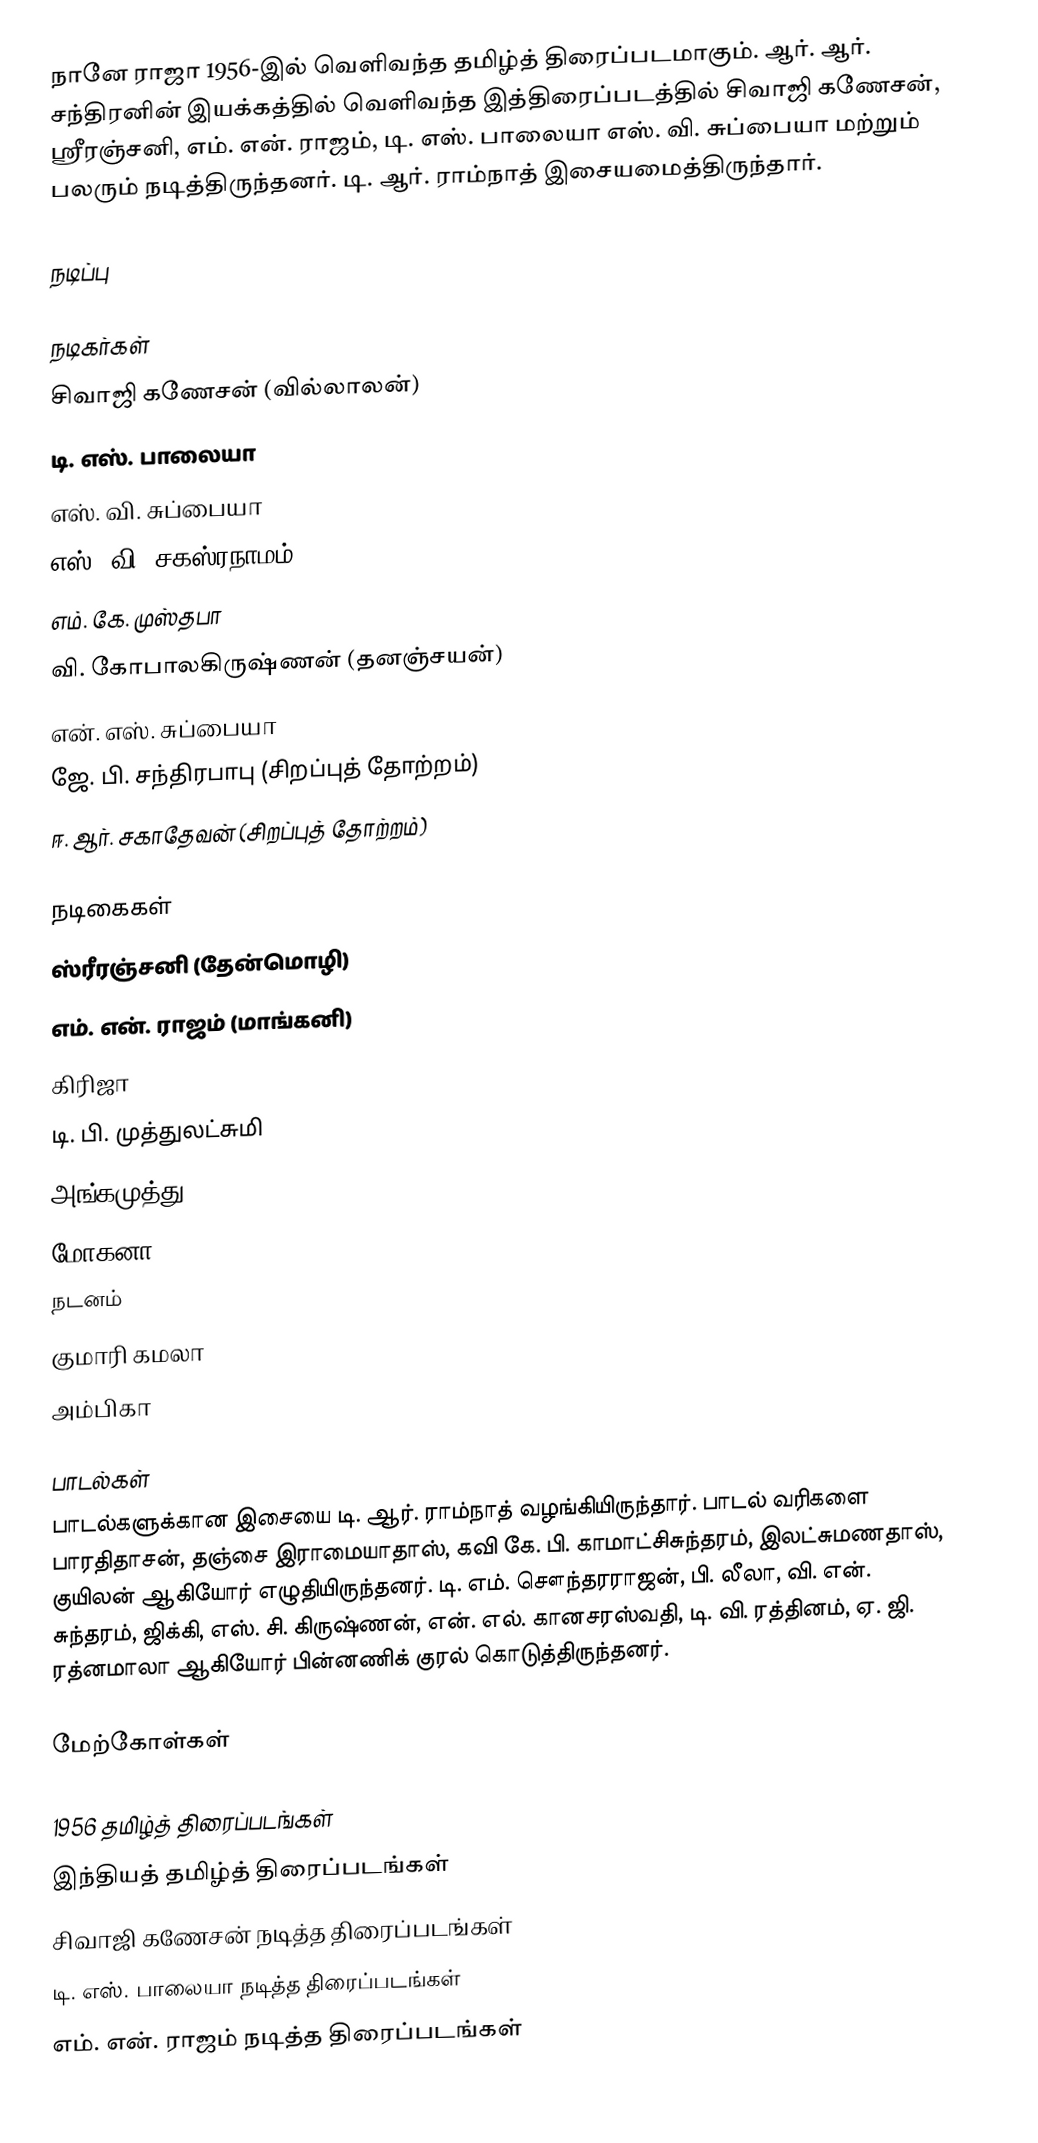
நானே ராஜா 1956-இல் வெளிவந்த தமிழ்த் திரைப்படமாகும். ஆர். ஆர். சந்திரனின் இயக்கத்தில் வெளிவந்த இத்திரைப்படத்தில் சிவாஜி கணேசன், ஸ்ரீரஞ்சனி, எம். என். ராஜம், டி. எஸ். பாலையா எஸ். வி. சுப்பையா மற்றும் பலரும் நடித்திருந்தனர். டி. ஆர். ராம்நாத் இசையமைத்திருந்தார்.

நடிப்பு

நடிகர்கள்
 சிவாஜி கணேசன் (வில்லாலன்)
 டி. எஸ். பாலையா
 எஸ். வி. சுப்பையா
 எஸ். வி. சகஸ்ரநாமம்
 எம். கே. முஸ்தபா
 வி. கோபாலகிருஷ்ணன் (தனஞ்சயன்)
 என். எஸ். சுப்பையா
 ஜே. பி. சந்திரபாபு (சிறப்புத் தோற்றம்)
 ஈ. ஆர். சகாதேவன் (சிறப்புத் தோற்றம்)

நடிகைகள்
 ஸ்ரீரஞ்சனி (தேன்மொழி)
 எம். என். ராஜம் (மாங்கனி)
 கிரிஜா
 டி. பி. முத்துலட்சுமி
 அங்கமுத்து
 மோகனா
நடனம்
 குமாரி கமலா
 அம்பிகா

பாடல்கள்
பாடல்களுக்கான இசையை டி. ஆர். ராம்நாத் வழங்கியிருந்தார். பாடல் வரிகளை பாரதிதாசன், தஞ்சை இராமையாதாஸ், கவி கே. பி. காமாட்சிசுந்தரம், இலட்சுமணதாஸ், குயிலன் ஆகியோர் எழுதியிருந்தனர். டி. எம். சௌந்தரராஜன், பி. லீலா, வி. என். சுந்தரம், ஜிக்கி, எஸ். சி. கிருஷ்ணன், என். எல். கானசரஸ்வதி, டி. வி. ரத்தினம், ஏ. ஜி. ரத்னமாலா ஆகியோர் பின்னணிக் குரல் கொடுத்திருந்தனர்.

மேற்கோள்கள்

1956 தமிழ்த் திரைப்படங்கள்
இந்தியத் தமிழ்த் திரைப்படங்கள்
சிவாஜி கணேசன் நடித்த திரைப்படங்கள்
டி. எஸ். பாலையா நடித்த திரைப்படங்கள்
எம். என். ராஜம் நடித்த திரைப்படங்கள்